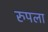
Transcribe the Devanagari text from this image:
रुपला